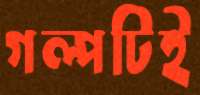
গল্পটিই